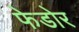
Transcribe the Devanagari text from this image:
फेडोर